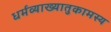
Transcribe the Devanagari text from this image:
धर्मव्याख्यातुकामस्य